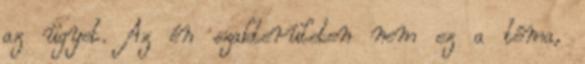
az ügyet. Az én szakterületen nem ez a téma,